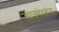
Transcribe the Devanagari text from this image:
व्याख्येवरून